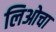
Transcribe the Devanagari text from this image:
लिओचा